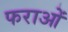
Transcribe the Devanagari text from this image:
फराओं